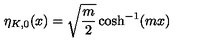
\eta _ { K , 0 } ( x ) = \sqrt { \frac { m } { 2 } } \cosh ^ { - 1 } ( m x )